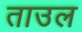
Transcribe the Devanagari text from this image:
ताउल